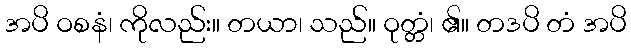
အပိ ဝစနံ၊ ကိုလည်း။ တယာ၊ သည်။ ဝုတ္တံ၊ ၏။ တဒပိ တံ အပိ